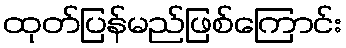
ထုတ်ပြန်မည်ဖြစ်ကြောင်း